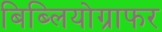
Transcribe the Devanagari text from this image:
बिब्लियोग्राफर